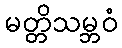
မတ္တိသမ္ဘဝံ